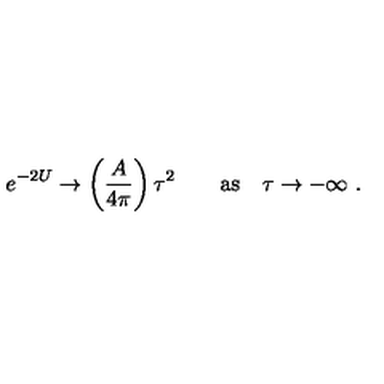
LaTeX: e ^ { - 2 U } \rightarrow \left( { \frac { A } { 4 \pi } } \right) \tau ^ { 2 } \qquad \mathrm { a s } \quad \tau \rightarrow - \infty \ .